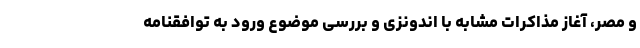
و مصر، آغاز مذاکرات مشابه با اندونزی و بررسی موضوع ورود به توافقنامه